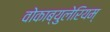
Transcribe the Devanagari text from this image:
वोकाब्युलेरियम्